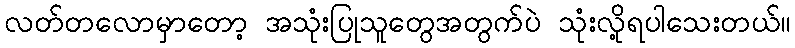
လတ်တလောမှာတော့ အသုံးပြုသူတွေအတွက်ပဲ သုံးလို့ရပါသေးတယ်။